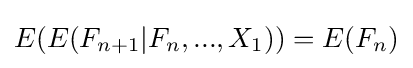
E(E(F_{n+1}|F_{n},...,X_{1}))=E(F_{n})